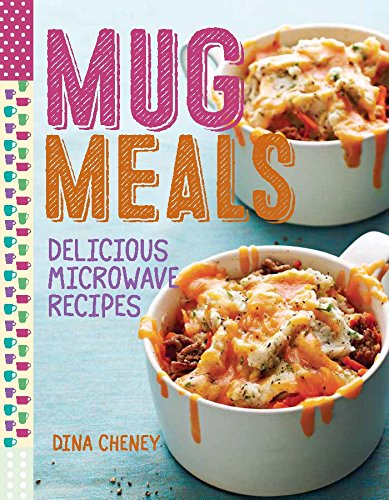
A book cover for Mug Meals: Delicious Microwave Recipes; Dina Cheney; Cookbooks, Food & Wine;